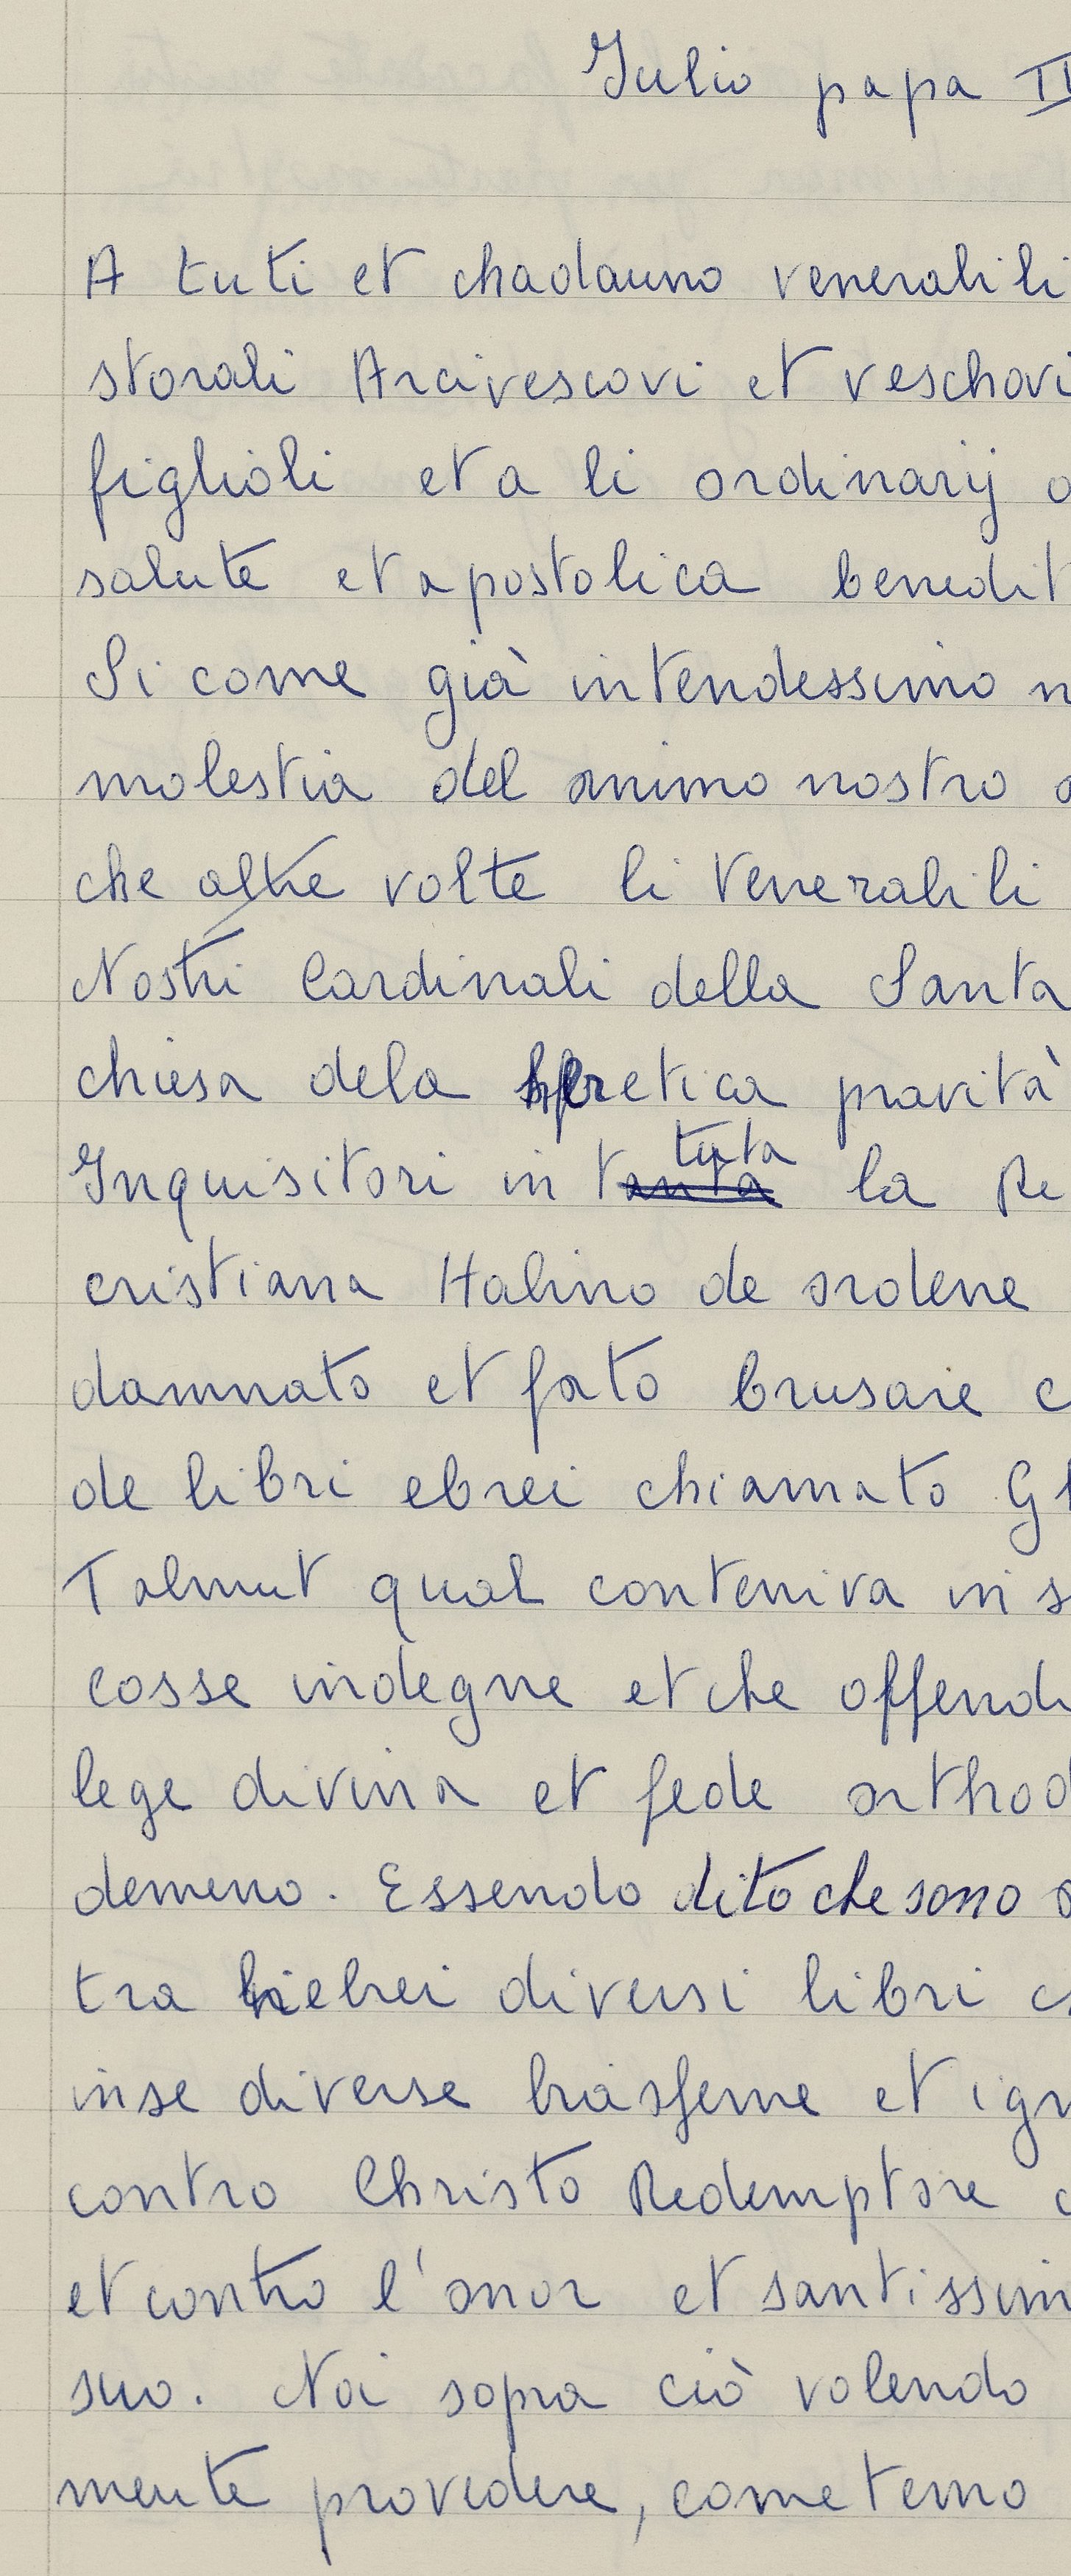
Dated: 1553–1555